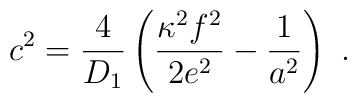
c^2 = \frac{4}{D_1} \left(\frac{\kappa^2 f^2}{2e^2}-\frac{1}{a^2}\right)~.